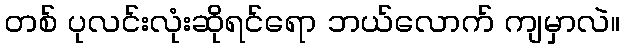
တစ် ပုလင်းလုံးဆိုရင်ရော ဘယ်လောက် ကျမှာလဲ။